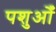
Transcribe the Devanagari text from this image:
पशुओँ